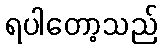
ရပါတော့သည်